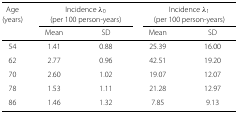
| Age | <COLSPAN=2> Incidence λ0 | <COLSPAN=2> Incidence λ1 |
 | (years) | <COLSPAN=2> (per 100 person-years) | <COLSPAN=2> (per 100 person-years) |
 |  | Mean | SD | Mean | SD |
 | --- | --- | --- | --- | --- |
 | 54 | 1.41 | 0.88 | 25.39 | 16.00 |
 | 62 | 2.77 | 0.96 | 42.51 | 19.20 |
 | 70 | 2.60 | 1.02 | 19.07 | 12.07 |
 | 78 | 1.53 | 1.11 | 21.28 | 12.97 |
 | 86 | 1.46 | 1.32 | 7.85 | 9.13 |